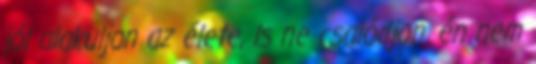
jól alakuljon az élete, ls ne csalódjon. én nem